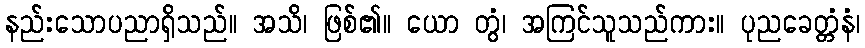
နည်းသောပညာရှိသည်။ အသိ၊ ဖြစ်၏။ ယော တွံ၊ အကြင်သူသည်ကား။ ပုညခေတ္တံနံ၊